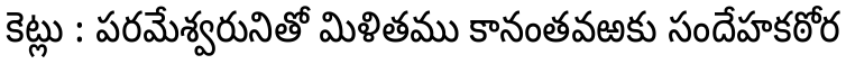
కెట్లు : పరమేశ్వరునితో మిళితము కానంతవఱకు సందేహకఠోర